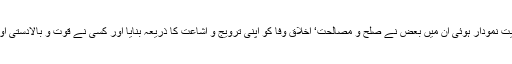
تاریخ سے معلوم ہوتا ہے کہ مذہبیات کے شعبہ میں جو عالمگیریت نمودار ہوئی ان میں بعض نے صلح و مصالحت‘ اخلاق وفا کو اپنی ترویج و اشاعت کا ذریعہ بنایا اور کسی نے قوت و بالادستی اور آمرانہ روش کے ذریعہ مذہبی فضا قائم کرنے کی کوشش کی۔